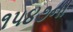
૧૫૪૭ના